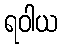
ရဝါယ